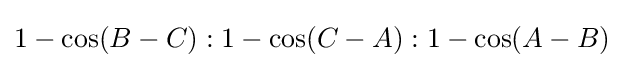
1-\cos(B-C):1-\cos(C-A):1-\cos(A-B)